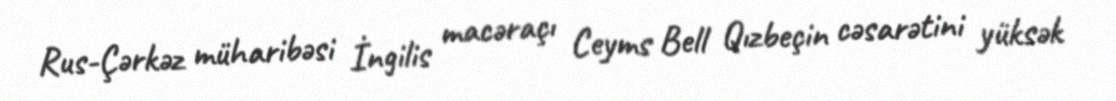
Rus-Çərkəz müharibəsi İngilis macəraçı Ceyms Bell Qızbeçin cəsarətini yüksək